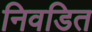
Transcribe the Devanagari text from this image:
निवडित